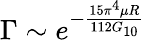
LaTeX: \Gamma\sim e^{-\frac{15\pi^{4}\mu R}{112G_{10}}}